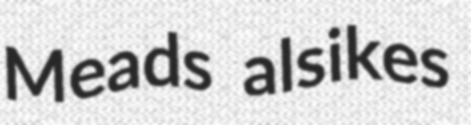
Meads alsikes